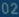
020020020